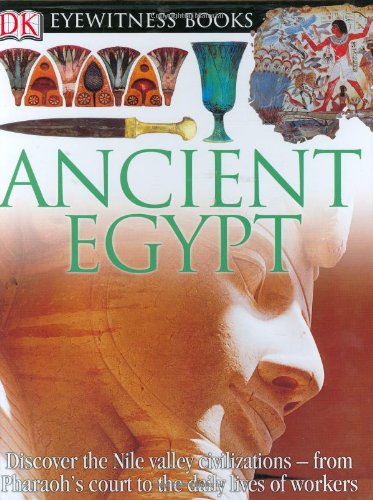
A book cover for Ancient Egypt (DK Eyewitness Books); George Hart; Children's Books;